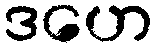
ဒဟေ